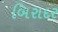
બિરાદર